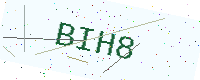
Text: BIH8